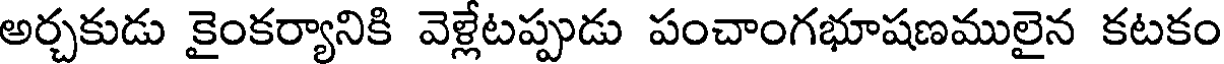
అర్చకుడు కైంకర్యానికి వెళ్లేటప్పుడు పంచాంగభూషణములైన కటకం